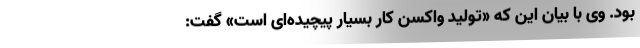
بود. وی با بیان این که «تولید واکسن کار بسیار پیچیده‌ای است» گفت: